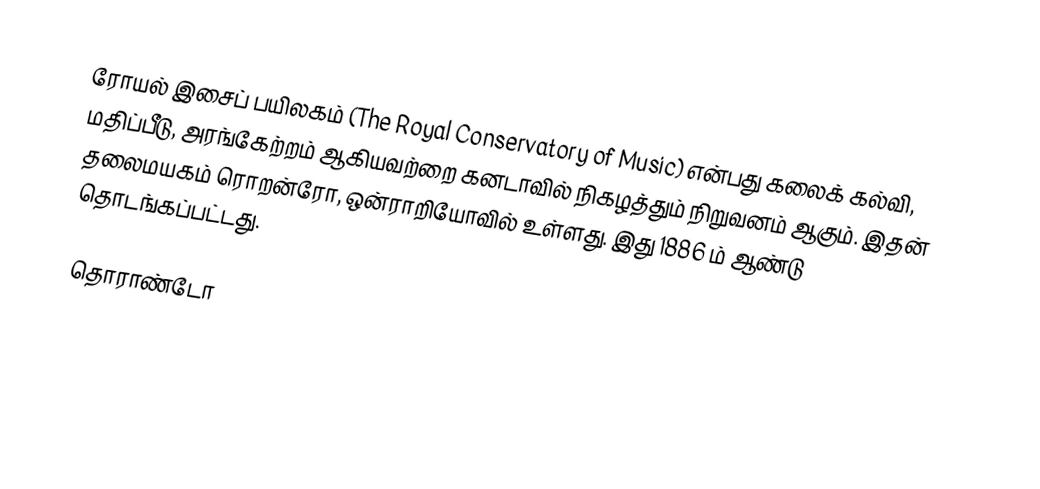
ரோயல் இசைப் பயிலகம் (The Royal Conservatory of Music) என்பது கலைக் கல்வி, மதிப்பீடு, அரங்கேற்றம் ஆகியவற்றை கனடாவில் நிகழத்தும் நிறுவனம் ஆகும்.  இதன் தலைமயகம் ரொறன்ரோ, ஒன்ராறியோவில் உள்ளது.  இது 1886 ம் ஆண்டு தொடங்கப்பட்டது.

தொராண்டோ